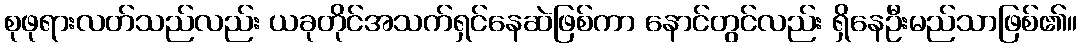
စုဖုရားလတ်သည်လည်း ယခုတိုင်အသက်ရှင်နေဆဲဖြစ်ကာ နောင်တွင်လည်း ရှိနေဦးမည်သာဖြစ်၏။